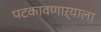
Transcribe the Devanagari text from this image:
पटकावणाऱ्याला